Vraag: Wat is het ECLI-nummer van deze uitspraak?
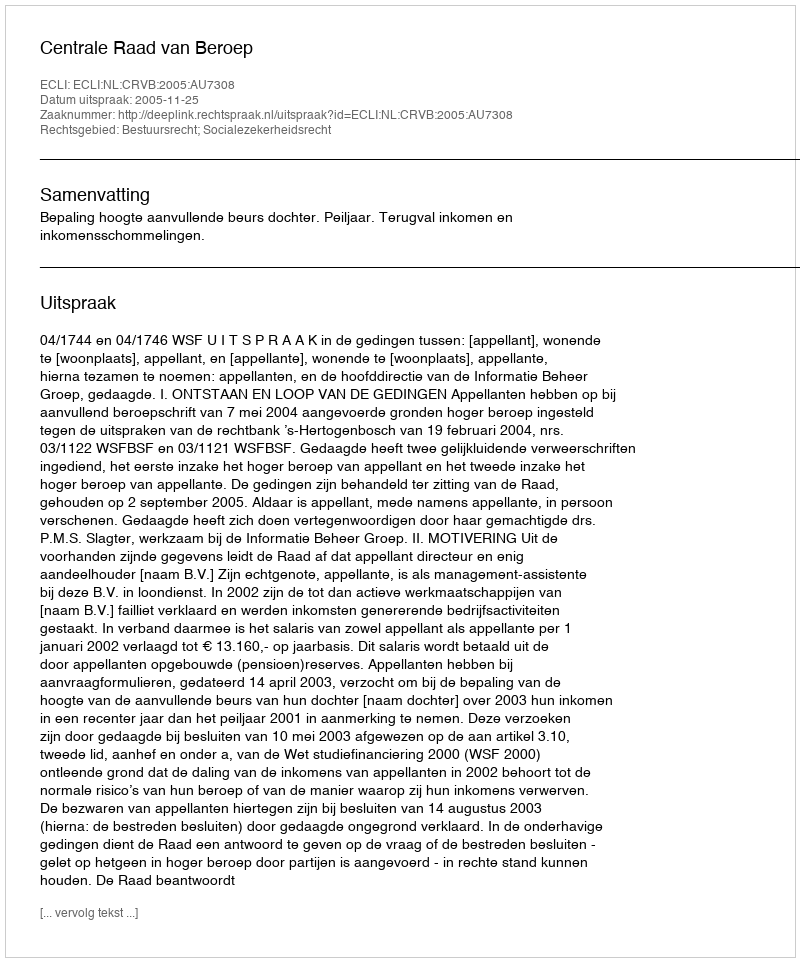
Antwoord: ECLI:NL:CRVB:2005:AU7308